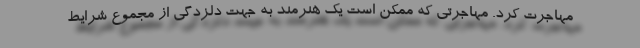
مهاجرت کرد. مهاجرتی که ممکن است یک هنرمند به جهت دلزدگی از مجموع شرایط